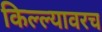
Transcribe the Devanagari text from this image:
किल्ल्यावरच